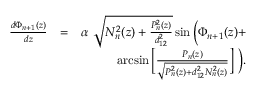
\begin{array} { r l r } { \frac { d \Phi _ { n + 1 } ( z ) } { d z } } & { = } & { \alpha \ \sqrt { N _ { n } ^ { 2 } ( z ) + \frac { P _ { n } ^ { 2 } ( z ) } { d _ { 1 2 } ^ { 2 } } } \sin \Big ( \Phi _ { n + 1 } ( z ) + } \\ & { } & { \arcsin \Big [ \frac { P _ { n } ( z ) } { \sqrt { P _ { n } ^ { 2 } ( z ) + d _ { 1 2 } ^ { 2 } N _ { n } ^ { 2 } ( z ) } } \Big ] \ \Big ) . } \end{array}